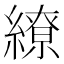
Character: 繚